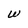
Character: W